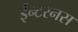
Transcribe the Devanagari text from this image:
ईन्टरनस